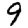
Digit: 9